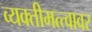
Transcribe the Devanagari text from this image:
व्यक्तीमत्त्वावर